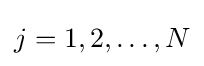
j=1,2,\dots ,N